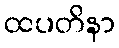
ထပတိနာ